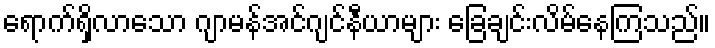
ရောက်ရှိလာသော ဂျာမန်အင်ဂျင်နီယာများ ခြေချင်းလိမ်နေကြသည်။